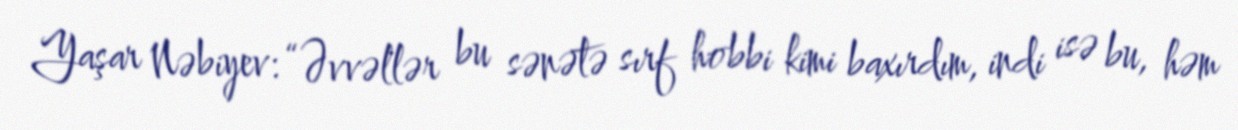
Yaşar Nəbiyev: “Əvvəllər bu sənətə sırf hobbi kimi baxırdım, indi isə bu, həm